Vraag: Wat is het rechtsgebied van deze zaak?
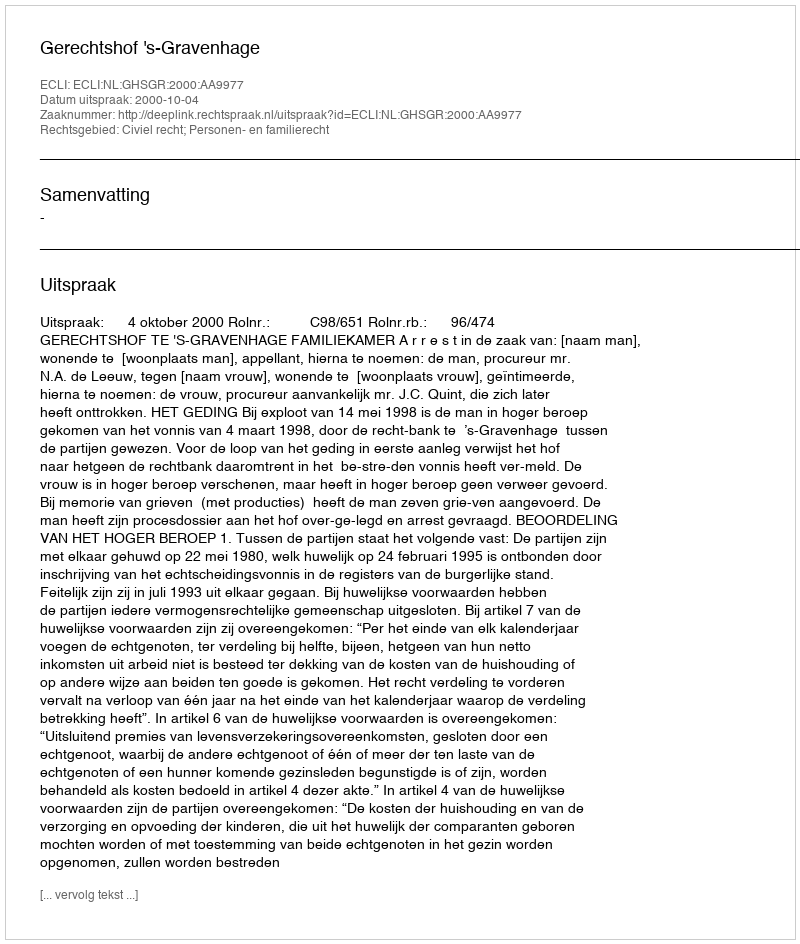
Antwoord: Civiel recht; Personen- en familierecht